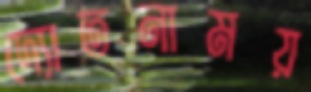
দ্যোতনাময়